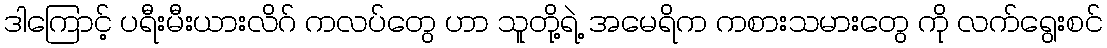
ဒါကြောင့် ပရီးမီးယားလိဂ် ကလပ်တွေ ဟာ သူတို့ရဲ့ အမေရိက ကစားသမားတွေ ကို လက်ရွေးစင်